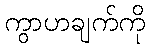
ကွာဟချက်ကို